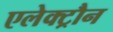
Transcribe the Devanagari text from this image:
एलेक्ट्रौन